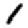
Digit: 1